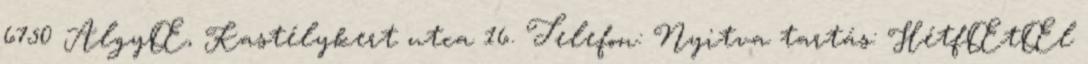
6750 AlgyŒ, Kastélykert utca 16. Telefon: Nyitva tartás: HétfŒtŒl